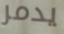
يدمر